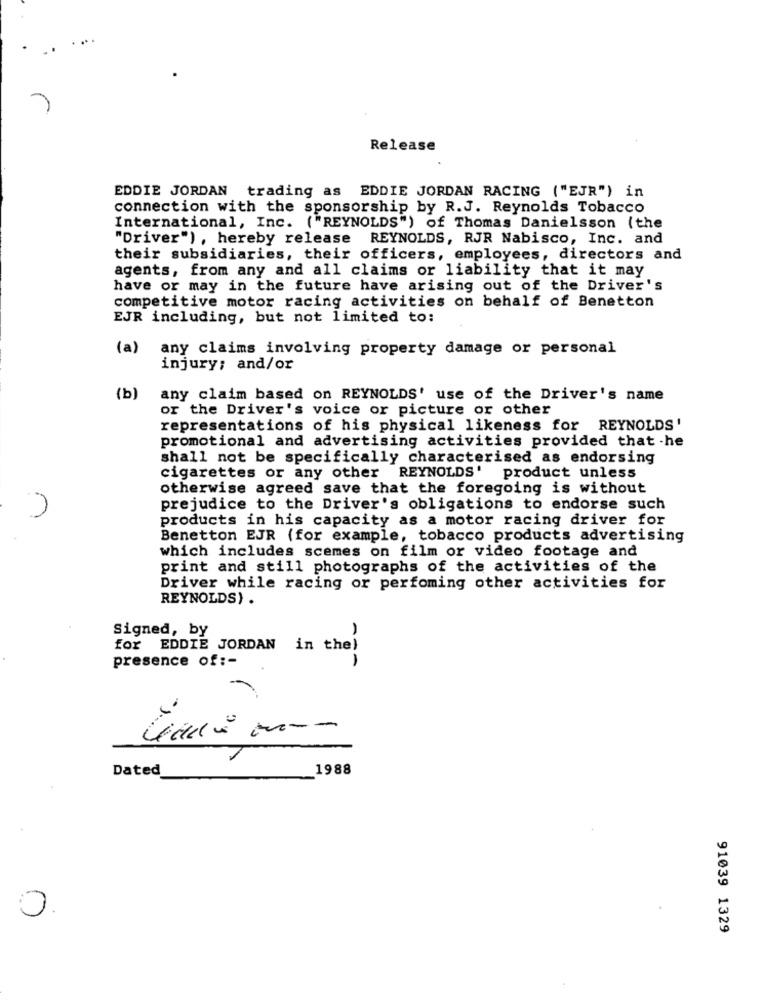
Release
EDDIE JORDAN trading as EDDIE JORDAN RACING ("EJR") in
connection with the sponsorship by R.J. Reynolds Tobacco
International, Inc. ("REYNOLDS") of Thomas Danielsson (the
"Driver") , hereby release REYNOLDS, RJR Nabisco, Inc. and
their subsidiaries, their officers, employees, directors and
agents, from any and all claims or liability that it may
have or may in the future have arising out of the Driver's
competitive motor racing activities on behalf of Benetton
EJR including, but not limited to:
(a)
any claims involving property damage or personal
injury; and/or
(b]
any claim based on REYNOLDS' use of the Driver's name
or the Driver's voice or picture or other
representations of his physical likeness for REYNOLDS'
promotional and advertising activities provided that -he
shall not be specifically characterised as endorsing
cigarettes or any other REYNOLDS'
product unless
otherwise agreed save that the foregoing is without
prejudice to the Driver's obligations to endorse such
products in his capacity as a motor racing driver for
Benetton EJR (for example, tobacco products advertising
which includes scemes on film or video footage and
print and still photographs of the activities of the
Driver while racing or perfoming other activities for
REYNOLDS) .
Signed, by
for EDDIE JORDAN in the)
presence of :-
Dated
1988
0
91039 1329